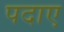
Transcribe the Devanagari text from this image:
पदाए